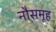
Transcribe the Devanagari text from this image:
नौसमूह